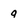
Character: q